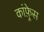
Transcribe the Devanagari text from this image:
कांफ़्रेस